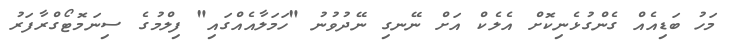
މަހު ބަޑިއެއް ގެންގުޅެނިކޮށް އެލެކް އަށް ނޭނގި ނޭދުވުނު "ހަމަލާއެއްގައި" ފިލްމުގެ ސިނަމޮޓޯގްރާފަރު